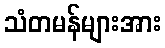
သံတမန်များအား